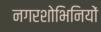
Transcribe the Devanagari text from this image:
नगरशोभिनियों